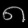
Digit: ၈